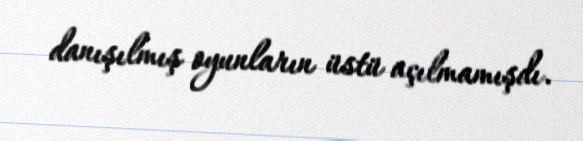
danışılmış oyunların üstü açılmamışdı.